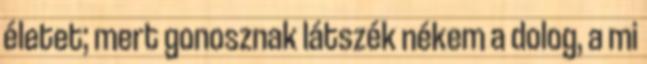
életet; mert gonosznak látszék nékem a dolog, a mi